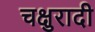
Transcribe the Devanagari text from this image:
चक्षुरादी